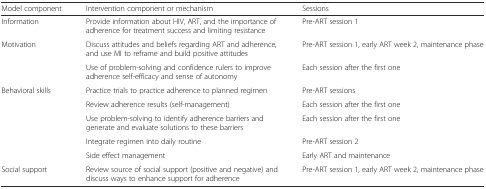
| Model component | Intervention component or mechanism | Sessions |
 | --- | --- | --- |
 | Information | Provide information about HIV, ART, and the importance of adherence for treatment success and limiting resistance | Pre-ART session 1 |
 | <ROWSPAN=2> Motivation | Discuss attitudes and beliefs regarding ART and adherence, and use MI to reframe and build positive attitudes | Pre-ART session 1, early ART week 2, maintenance phase |
 | Use of problem-solving and confidence rulers to improve adherence self-efficacy and sense of autonomy | Each session after the first one |
 | <ROWSPAN=5> Behavioral skills | Practice trials to practice adherence to planned regimen | Pre-ART sessions |
 | Review adherence results (self-management) | Each session after the first one |
 | Use problem-solving to identify adherence barriers and generate and evaluate solutions to these barriers | Each session after the first one |
 | Integrate regimen into daily routine | Pre-ART session 2 |
 | Side effect management | Early ART and maintenance |
 | Social support | Review source of social support (positive and negative) and discuss ways to enhance support for adherence | Pre-ART session 1, early ART week 2, maintenance phase |